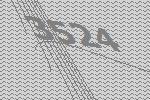
3524